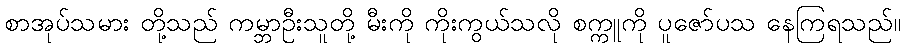
စာအုပ်သမား တို့သည် ကမ္ဘာဦးသူတို့ မီးကို ကိုးကွယ်သလို စက္ကူကို ပူဇော်ပသ နေကြရသည်။